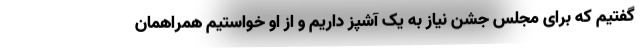
گفتیم که برای مجلس جشن نیاز به یک آشپز داریم و از او خواستیم همراهمان